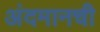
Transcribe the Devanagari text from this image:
अंदमानची